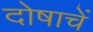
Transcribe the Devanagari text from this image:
दोषाचें